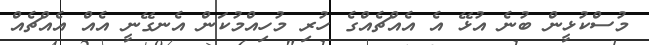
މުސްކުޅީން ބުނެ އުޅޭ އެ އެއްޗެއްގެ ހުރި މުހިއްމުކަން އެނގޭނީ އެއް އެއްޗެއް